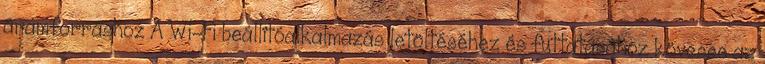
áramforráshoz A Wi-Fi beállítóalkalmazás letöltéséhez és futtatásához kövesse az